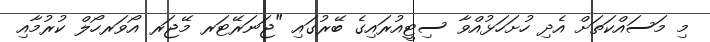
މި މަސައްކަތަށް އެދި ހުށަހަޅުއްވާ ސިޓީއުރައިގެ ބޭރުގައި "ޖަނަރޭޓަރ މޭޖަރ އޯވަރހޯލް ކުރުމާއި